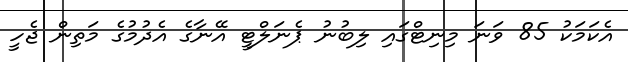
އެކަމަކު 85 ވަނަ މިނިޓްގައި ލިބުނު ޕެނަލްޓީ އޭނާގެ އެދުމުގެ މަތިން ޖެހީ